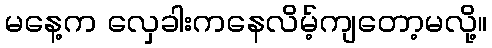
မနေ့က လှေခါးကနေလိမ့်ကျတော့မလို့။